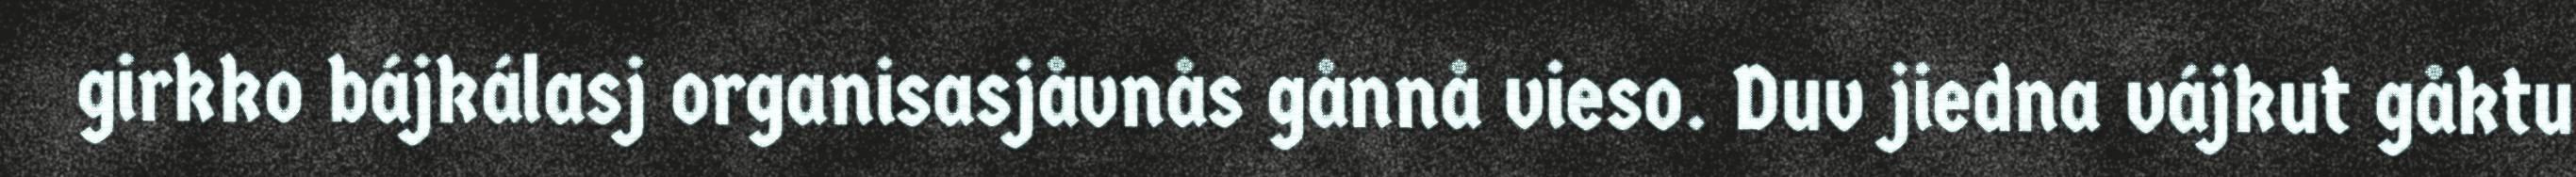
girkko bájkálasj organisasjåvnås gånnå vieso. Duv jiedna vájkut gåktu